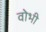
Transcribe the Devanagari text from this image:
वोभी